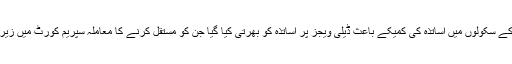
اسلام آباد کے سکولوں میں اساتذہ کی کمیکے باعث ڈیلی ویجز پر اساتذہ کو بھرتی کیا گیا جن کو مستقل کرنے کا معاملہ سپریم کورٹ میں زیر غور ہے۔